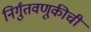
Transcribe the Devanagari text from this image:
निर्गुंतवणूकीची